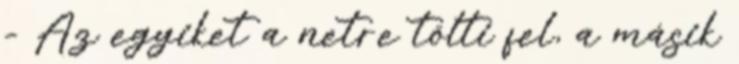
- Az egyiket a netre tölti fel, a másik